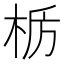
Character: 𫞊